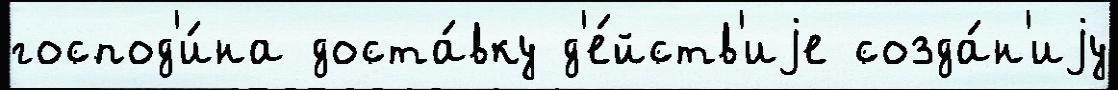
господ'и́на доста́вку д'е́йств'иjе созда́н'иjу